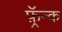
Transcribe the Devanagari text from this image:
फ़्रॅन्क